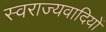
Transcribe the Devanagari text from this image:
स्वराज्यवादियों